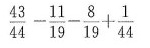
$$\frac { 4 3 } { 4 4 } - \frac { 1 1 } { 1 9 } - \frac { 8 } { 1 9 } + \frac { 1 } { 4 4 }$$